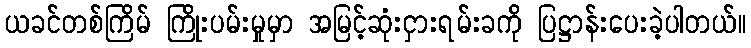
ယခင်တစ်ကြိမ် ကြိုးပမ်းမှုမှာ အမြင့်ဆုံးငှားရမ်းခကို ပြဋ္ဌာန်းပေးခဲ့ပါတယ်။